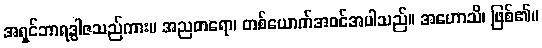
အရှင်ဘာရဒွါဇသည်ကား။ အညတရော၊ တစ်ယောက်အဝင်အပါသည်။ အဟောသိ၊ ဖြစ်၏။